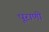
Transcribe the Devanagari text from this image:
पूराणी